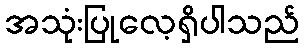
အသုံးပြုလေ့ရှိပါသည်